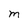
Character: M